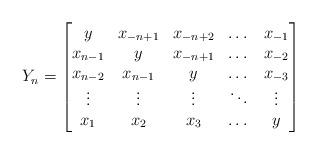
LaTeX: \begin{align*}Y_n=\begin{bmatrix}y & x_{-n+1} & x_{-n+2} & \dots & x_{-1} \\x_{n-1} & y & x_{-n+1} & \dots & x_{-2}\\x_{n-2} & x_{n-1} & y & \dots & x_{-3}\\\vdots & \vdots & \vdots & \ddots & \vdots\\x_1 & x_2 & x_3 & \dots & y\end{bmatrix}\end{align*}